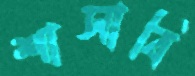
শাসাবি